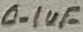
Text: 0.1uF